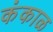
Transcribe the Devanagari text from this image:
कंकाळ